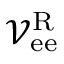
\mathcal { V } _ { \mathrm { e e } } ^ { \mathrm { R } }